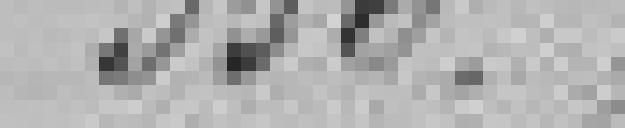
350